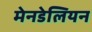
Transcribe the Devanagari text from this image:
मेनडेलियन